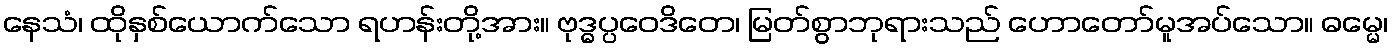
နေသံ၊ ထိုနှစ်ယောက်သော ရဟန်းတို့အား။ ဗုဒ္ဓပ္ပဝေဒိတေ၊ မြတ်စွာဘုရားသည် ဟောတော်မူအပ်သော။ ဓမ္မေ၊